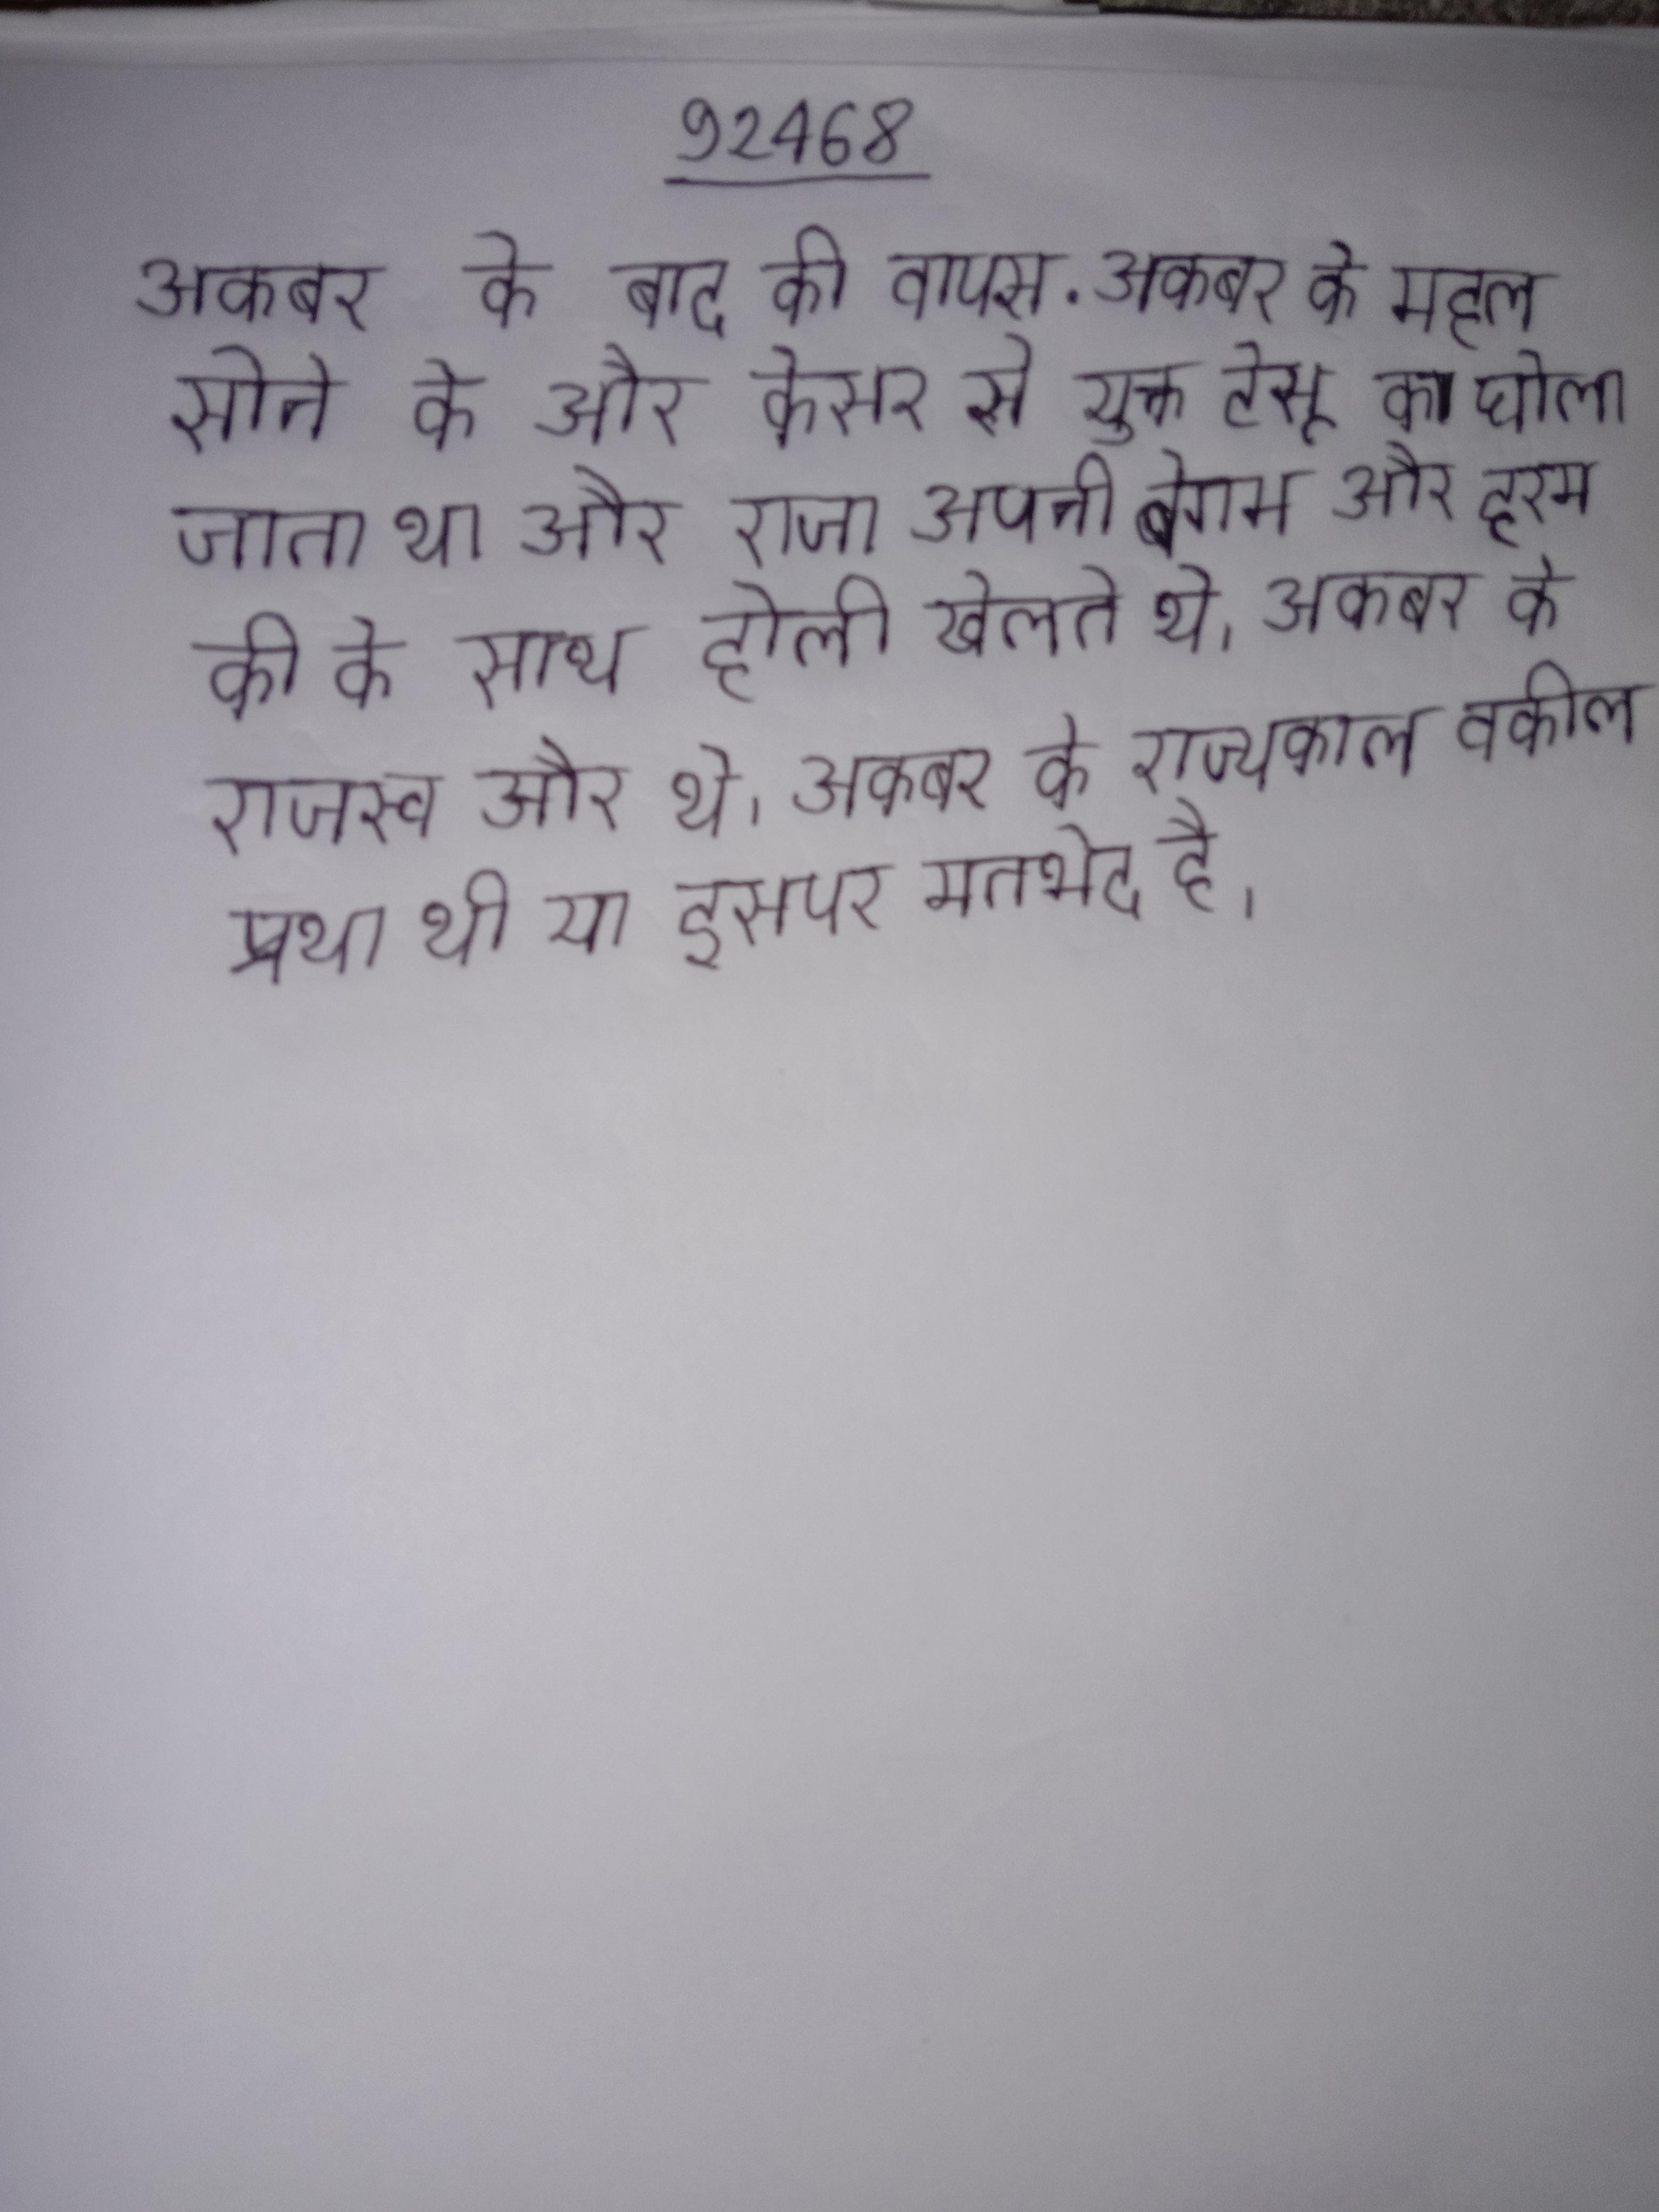
अकबर के बाद की वापस . अकबर के महल सोने के और केसर से युक्त टेसू का घोला जाता था और राजा अपनी बेगम और हरम की के साथ होली खेलते थे । अकबर के राजस्व और थे । अकबर के राज्यकाल वकील प्रथा थी या इसपर मतभेद है ।